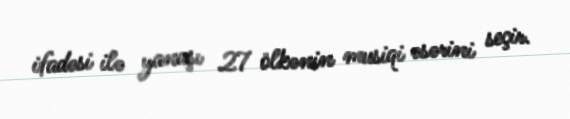
ifadəsi ilə yanaşı 27 ölkənin musiqi əsərini seçir.